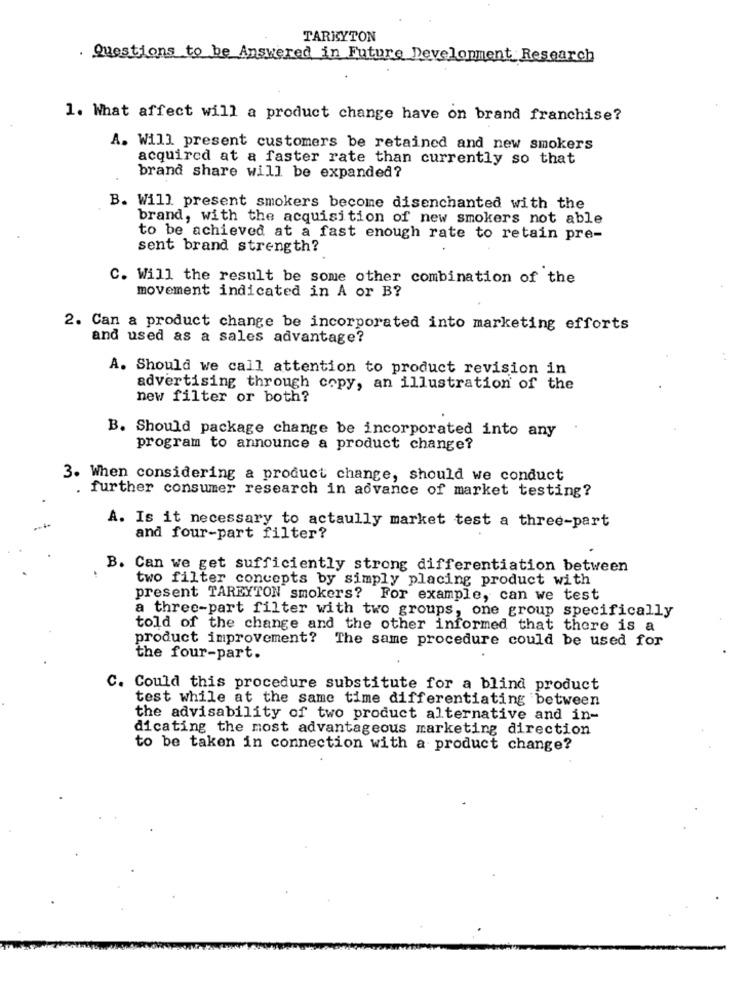
TARKYTON
. Questions to be Answered in Future Development Research
1. What affect will a product change have on brand franchise?
A. Will present customers be retained and new smokers
acquired at a faster rate than currently so that
brand share will be expanded?
B. Will present smokers become disenchanted with the
brand, with the acquisition of new smokers not able
to be achieved at a fast enough rate to retain pre-
sent brand strength?
C. Will the result be some other combination of the
movement indicated in A or B?
2. Can a product change be incorporated into marketing efforts
and used as a sales advantage?
A. Should we call attention to product revision in
advertising through copy, an illustration of the
new filter or both?
B. Should package change be incorporated into any
program to announce a product change?
3. When considering a product change, should we conduct
. further consumer research in advance of market testing?
A. Is it necessary to actaully market test a three-part
and four-part filter?
B. Can we get sufficiently strong differentiation between
two filter concepts by simply placing product with
present TAREYTON smokers? For example, can we test
a three-part filter with two groups, one group specifically
told of the change and the other informed that there is a
product improvement? The same procedure could be used for
the four-part.
C. Could this procedure substitute for a blind product
test while at the same time differentiating between
the advisability of two product alternative and in-
dicating the most advantageous marketing direction
to be taken in connection with a product change?